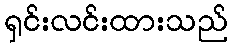
ရှင်းလင်းထားသည်